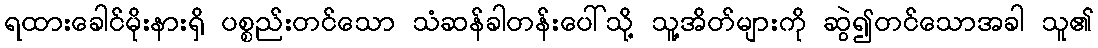
ရထားခေါင်မိုးနားရှိ ပစ္စည်းတင်သော သံဆန်ခါတန်းပေါ်သို့ သူ့အိတ်များကို ဆွဲ၍တင်သောအခါ သူ၏